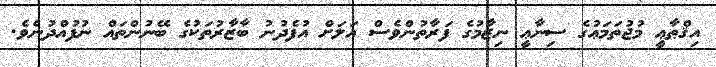
އިޤްޠާޢީ މުޖުތަމަޢުގެ ސިނާޢީ ނިޒާމުގެ ފަރާތުންވެސް އަލަށް އުފެދުނު ބާޒާރުތަކުގެ ބޭނުންތައް ނުފުއްދުނެވެ.